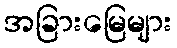
အခြားမြေများ